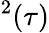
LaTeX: ^2(\tau)